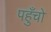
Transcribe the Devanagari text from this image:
पहुँचो